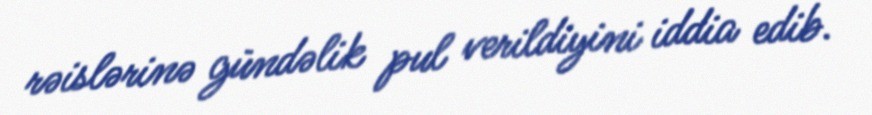
rəislərinə gündəlik pul verildiyini iddia edib.